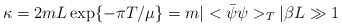
\begin{align*}\kappa = 2mL\exp\{-\pi T/\mu\} = m|<\bar{\psi}\psi>_{T}|\beta L \gg 1\end{align*}